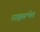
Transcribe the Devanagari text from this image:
राष्ट्रसभेत